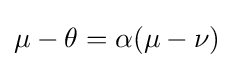
\mu -\theta =\alpha (\mu -\nu )